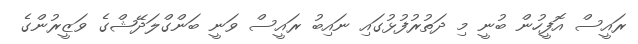
ރައީސް އޮފީހުން ބުނީ މި ދަތުރުފުޅުގައި ނައިބު ރައީސް ވަނީ ބަންގްލަދޭޝްގެ ވަޒީރުންގެ